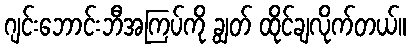
ဂျင်းဘောင်းဘီအကြပ်ကို ချွတ် ထိုင်ချလိုက်တယ်။